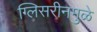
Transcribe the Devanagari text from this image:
ग्लिसरीनमुळे